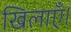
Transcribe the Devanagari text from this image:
खिलाएँ।